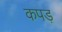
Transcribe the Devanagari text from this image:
कपड़